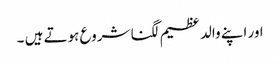
اور اپنے والد عظیم لگنا شروع ہوتے ہیں‌ ۔